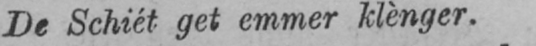
De Schiét get emmer klènger.